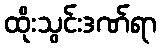
ထိုးသွင်းဒဏ်ရာ